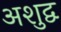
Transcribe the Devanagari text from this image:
अशुद्व